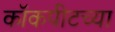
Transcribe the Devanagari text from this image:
कॉकपीटच्या